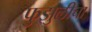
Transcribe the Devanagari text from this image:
फुझुलीचा